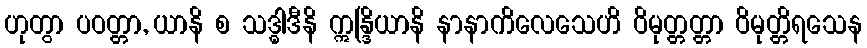
ဟုတွာ ပဝတ္တာ, ယာနိ စ သဒ္ဓါဒီနိ ဣန္ဒြိယာနိ နာနာကိလေသေဟိ ဝိမုတ္တတ္တာ ဝိမုတ္တိရသေန